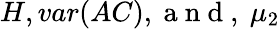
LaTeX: H,var(AC),\mathrm{~a~n~d~},~\mu_{2}